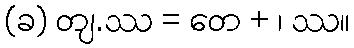
(ခ) တျ.ဿ = တေ + ၊ ဿ။